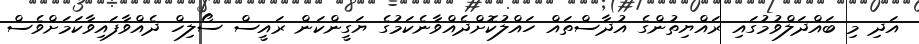
އަދި މި ބައްދަލްވުމުގައި ރައްޔިތުންގެ އުދާސްތައް ހައްލުކޮށްދެއްވާނެކަމުގެ ޔަގީންކަން ރައީސް ސޯލިހް ދެއްވާފައިވާކަމަށްވެސް